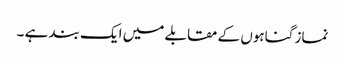
نماز گناہوں کے مقابلے میں ایک بند ہے ۔